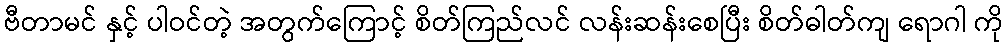
ဗီတာမင် နှင့် ပါဝင်တဲ့ အတွက်ကြောင့် စိတ်ကြည်လင် လန်းဆန်းစေပြီး စိတ်ဓါတ်ကျ ရောဂါ ကို